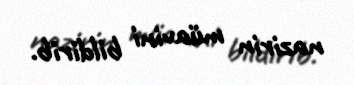
nazirin müavini bildirib.